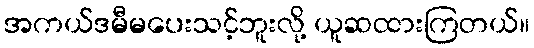
အကယ်ဒမီမပေးသင့်ဘူးလို့ ယူဆထားကြတယ်။